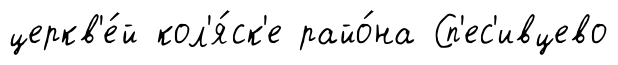
церкв'е́й кол'я́ск'е райо́на Сп'ес'ивцево